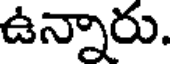
ఉన్నారు.